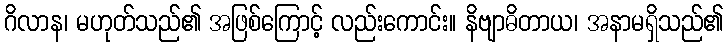
ဂိလာန၊ မဟုတ်သည်၏ အဖြစ်ကြောင့် လည်းကောင်း။ နိဗျာဓိတာယ၊ အနာမရှိသည်၏